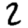
Digit: 2